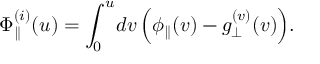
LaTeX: \Phi _ { \parallel } ^ { ( i ) } ( u ) = \int _ { 0 } ^ { u } \! d v \, \Big ( \phi _ { \parallel } ( v ) - g _ { \perp } ^ { ( v ) } ( v ) \Big ) .